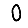
Digit: 0